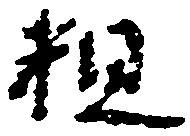
粗